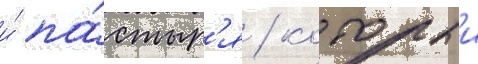
и́ па́стыр'я / которыи